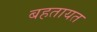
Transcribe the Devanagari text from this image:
बहतायत